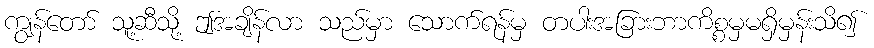
ကျွန်တော် သူ့ဆီသို့ ဤအချိန်လာ သည်မှာ သောက်ရန်မှ တပါးအခြားဘာကိစ္စမှမရှိမှန်းသိ၍